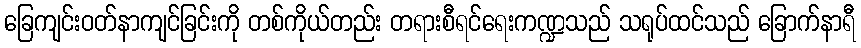
ခြေကျင်းဝတ်နာကျင်ခြင်းကို တစ်ကိုယ်တည်း တရားစီရင်ရေးကဏ္ဍသည် သရုပ်ထင်သည် ခြောက်နာရီ